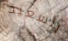
السعيد